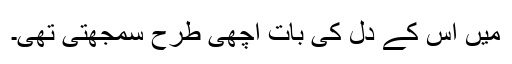
میں اس کے دل کی بات اچھی طرح سمجھتی تھی۔